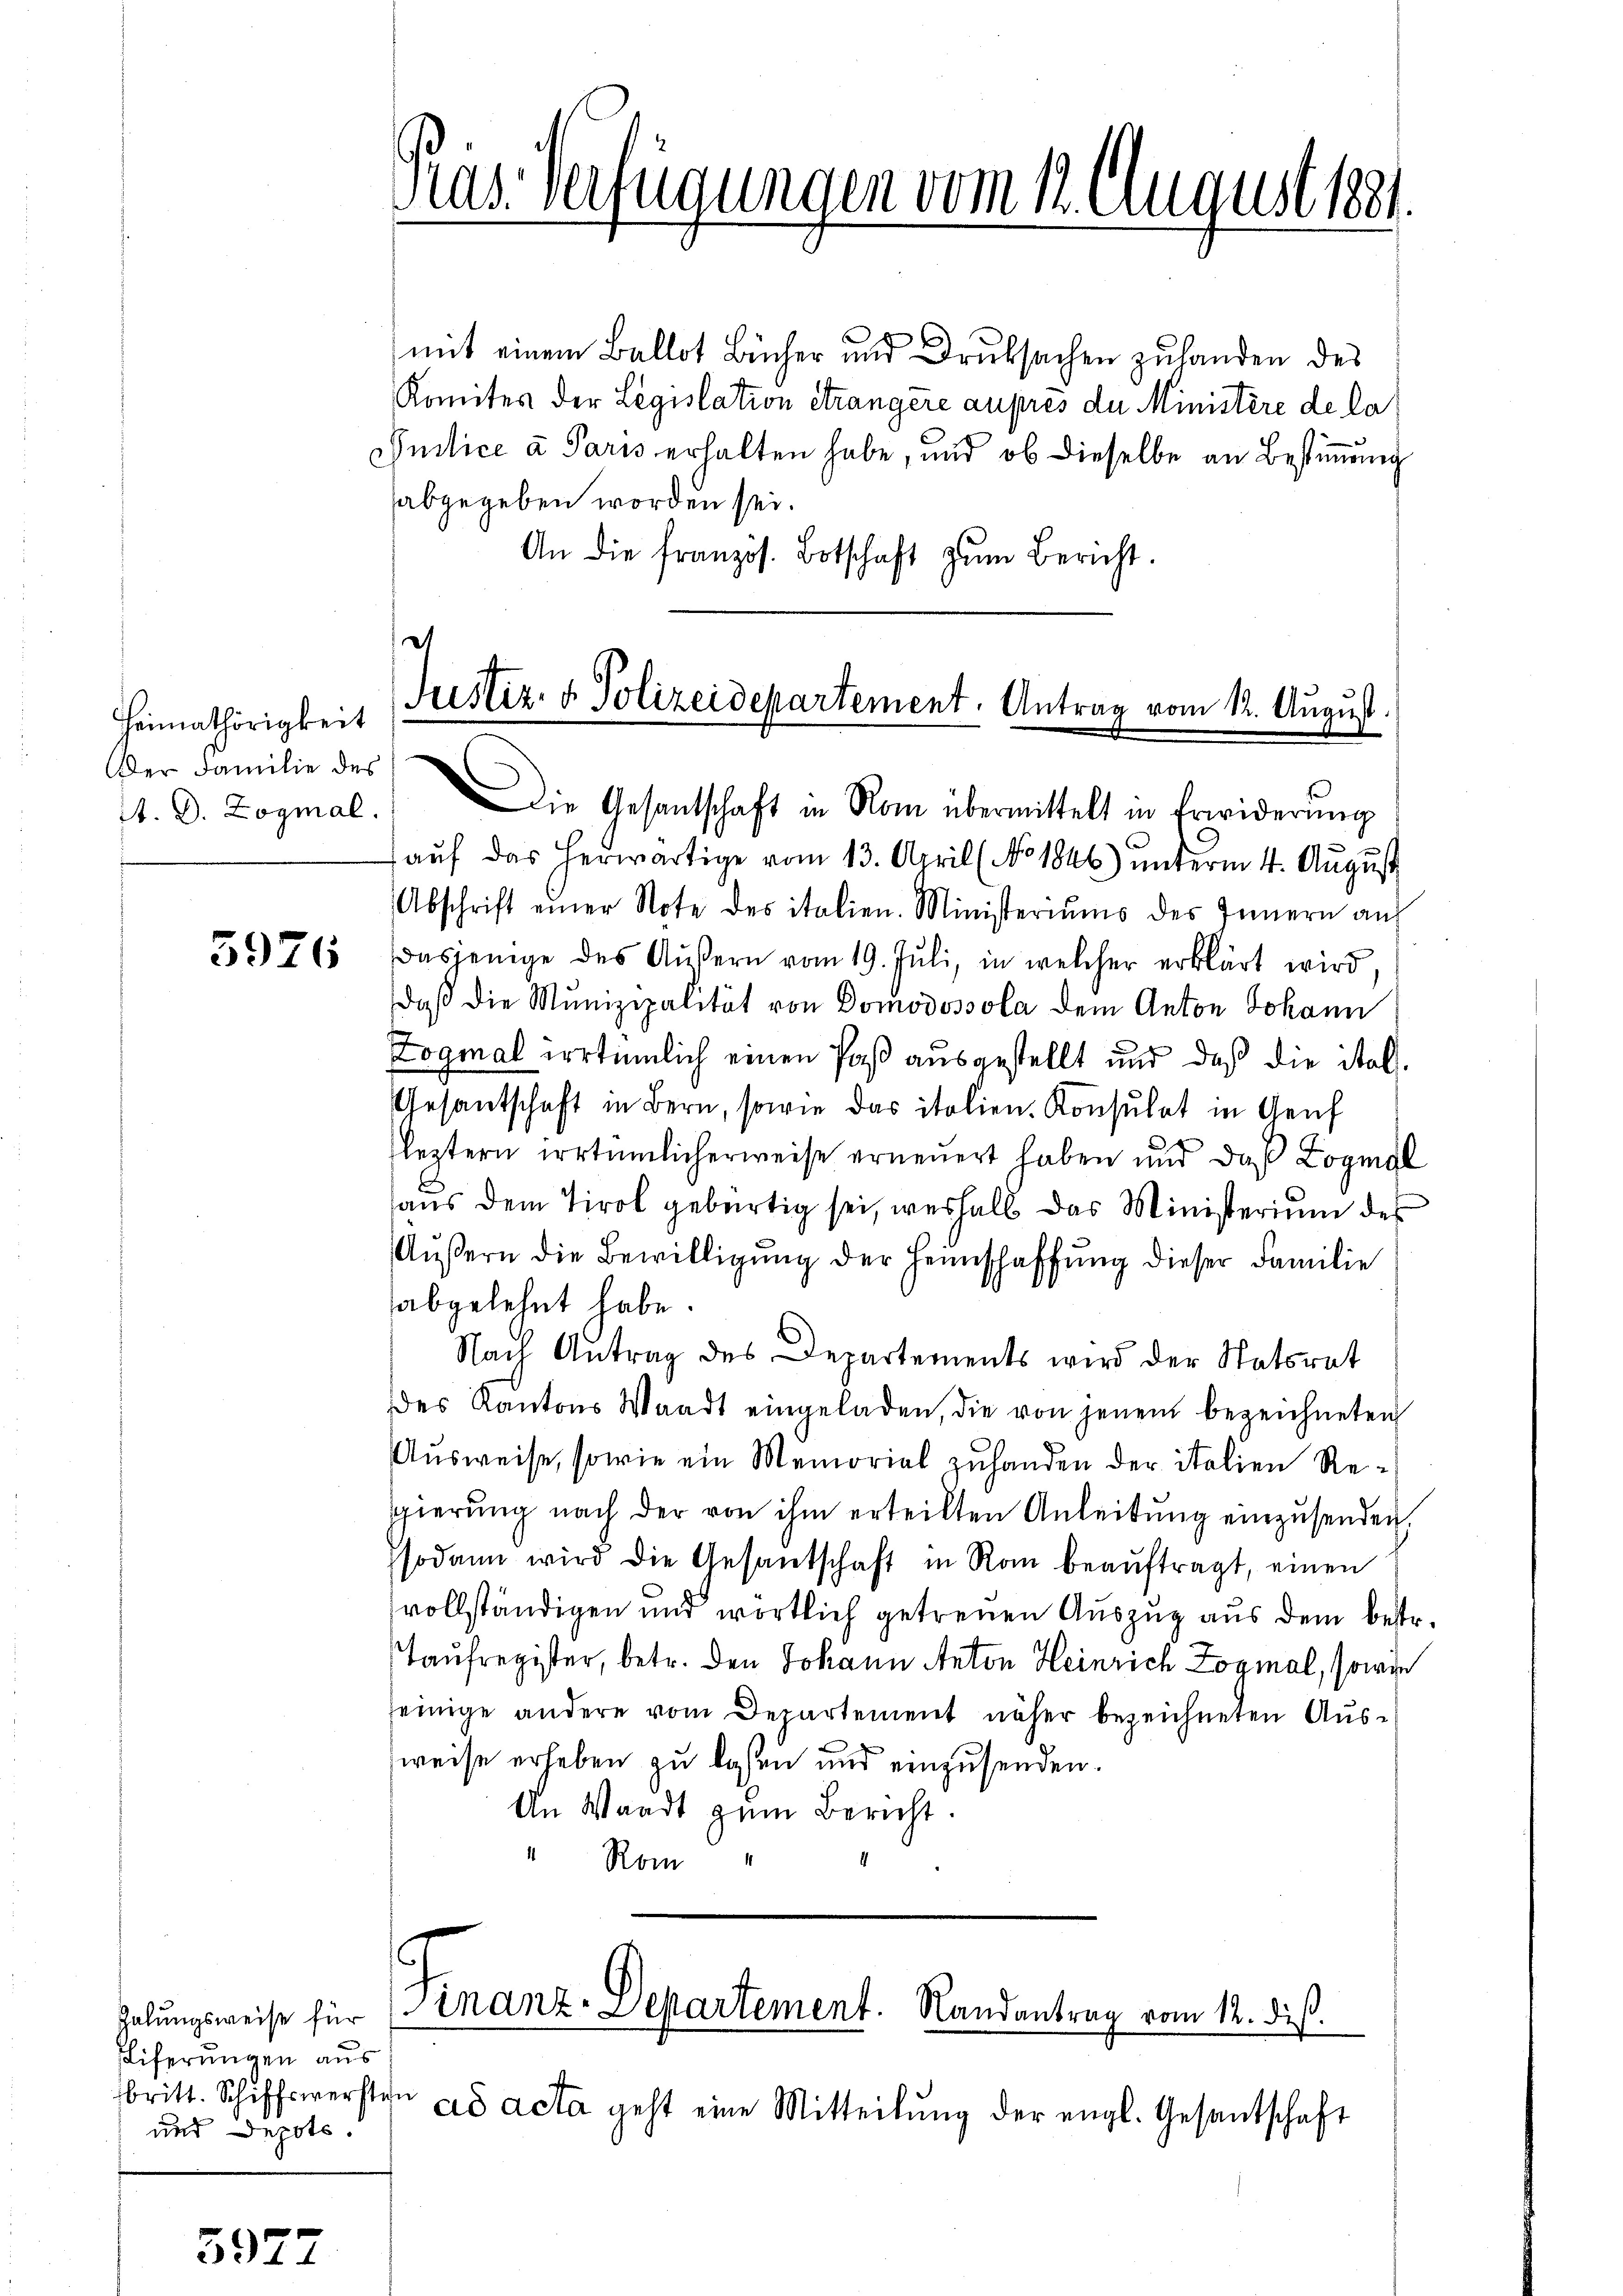
Heimathörigkeit
Oder Familie des

3926

Zalungsweise für
Eiferungen aus
britt. Schiffswerste
und Depoti.

3977

mit einem Ballot Bücher und Druksachen zuhanden des
Komites der Legislation étrangere auprès de Ministère de la
Geilice a Paris erhalten habe, und ob dieselbe an Bestimmung
abgegeben worden sei.
An die französ. Botschaft zŭm Bericht.

Nas Verfügungen vom 12. August 1881.

Justiz- & Polizeidepartement. Antrag vom 12. August.

. D. Zoymal. Die Gesandtschaft in Rom übermittelt in Erwiderŭng
aŭf das herwärtige vom 13. April ( No 1846) unterm 4. August
Abschrift einer Note des italien. Ministeriums des Innern auf
dasjenige des Aŭβern vom 19. Juli, in welcher erklärt wird,
daß die Munizipalität von Domodossola dem Anton Johann
Zogmal irrtümlich einen Paß ausgestellt und daß die ital¬
Gesantschaft in Bern, sowie das italien-Konsulat in Genf
leztern irrtümlicherweise erneuert haben und daß Logisl
aus dem Tirol gebürtig sei, weshalb das Ministerium des
Äŭβern die Bewilligŭng der Heimschaffŭng dieser Familie
abgelehnt habe.
Nach Antrag des Departements wird der Statsrat
des Kantons Waadt eingeladen, die von jenem bezeichneten
Ausweise, sowie ein Memorial zuhanden der italien Regierŭng nach der von ihm erteilten Anleitŭng einzŭsenden,
sodann wird die Gesantschaft in Rom beaŭftragt, einen
vollständigen und wortlich getreuen Auszug aus dem betr.
Taufregister, betr. den Johann Anton Heinrich Zogmal, sowie
seinige andere vom Departement näher bezeichneten Ausweise erheben zu lassen und einzusenden.
An Waadt zum Bericht.
" Rom

Finanz-Departement. Randantrag vom 12. dieß.

e
ad acta geht eine Mitteilung der engl. Gesandtschaft